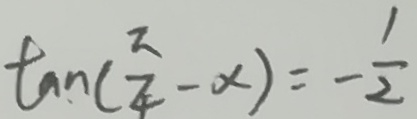
\tan ( \frac { \pi } { 4 } - x ) = - \frac { 1 } { 2 }